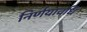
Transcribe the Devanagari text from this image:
निर्णयावधि